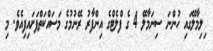
ިލިމާލޭގައި ހުންނަ ސިނަމާލޭ 4 ގެ ފްލެޓްގެ އިންފާރު ރޭނުމުގެ މަސައްކަތްފަށައިފިއެވެ. މި